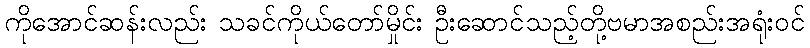
ကိုအောင်ဆန်းလည်း သခင်ကိုယ်တော်မှိုင်း ဦးဆောင်သည့်တို့ဗမာအစည်းအရုံးဝင်